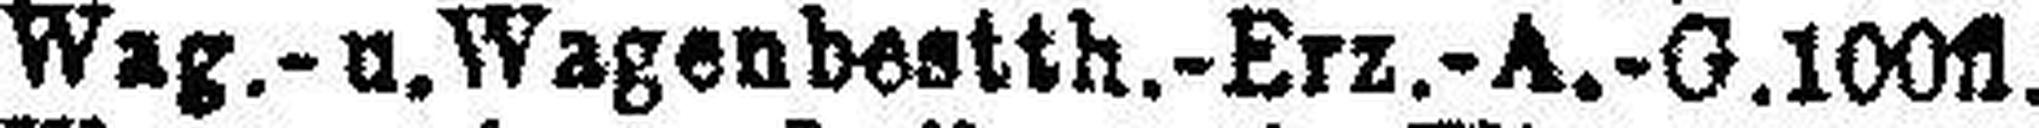
Wag.-u. Wagenbestth.-Erz.-A.-G. 100fl.